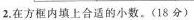
2.在方框内填上合适的小数。(18分)